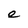
Character: e